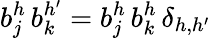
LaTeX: b_{j}^{h}\, b_{k}^{h^{\prime}}=b_{j}^{h}\, b_{k}^{h}\, \delta_{h,h^{\prime}}